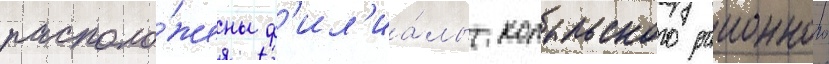
располо́жены ф'ил'иа́лы копыльского раионного